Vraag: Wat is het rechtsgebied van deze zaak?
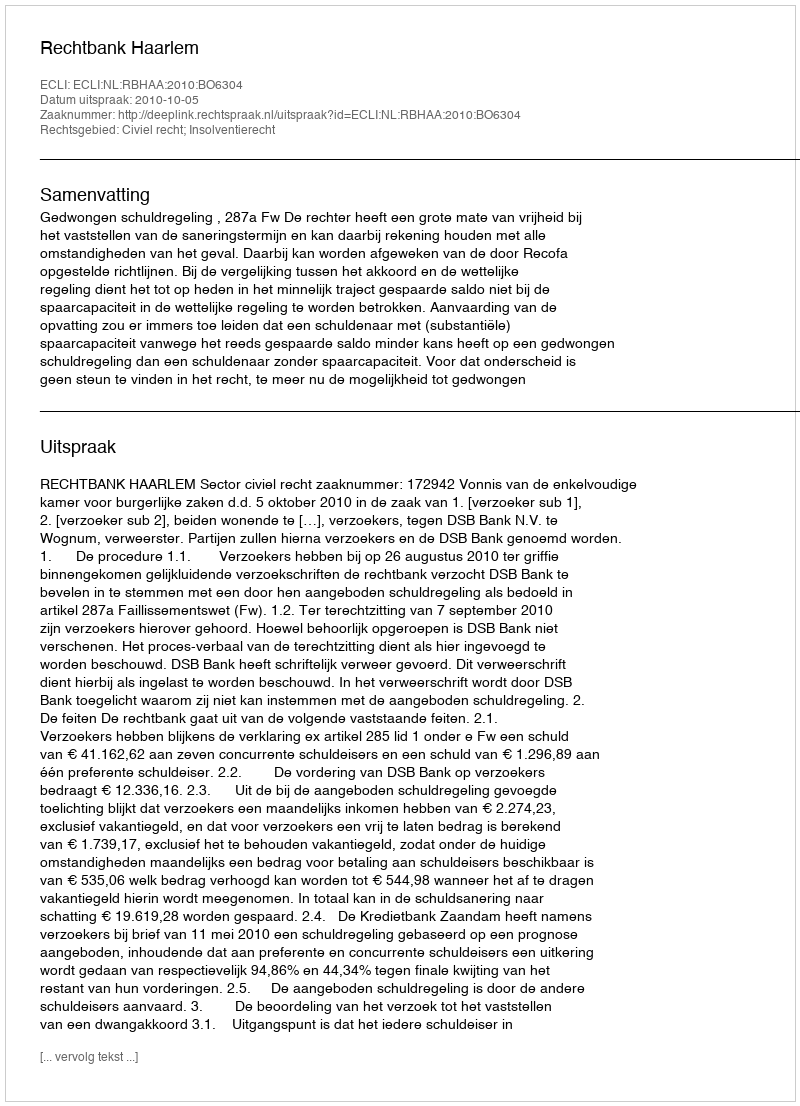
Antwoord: Civiel recht; Insolventierecht